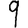
Digit: 9